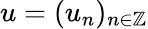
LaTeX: u=(u_{n})_{n\in\mathbb{Z}}